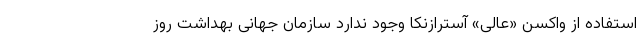
استفاده از واکسن «عالی» آسترازنکا وجود ندارد سازمان جهانی بهداشت روز